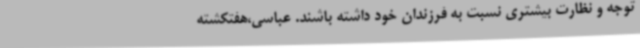
توجه و نظارت بیشتری نسبت به فرزندان خود داشته باشند. عباسی،هفتکشته